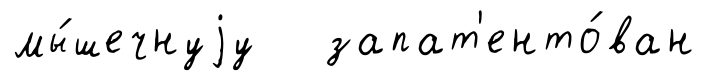
мы́шечнуjу запат'енто́ван